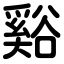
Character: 谿